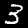
Label: 3